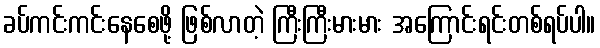
ခပ်ကင်းကင်းနေစေဖို့ ဖြစ်လာတဲ့ ကြီးကြီးမားမား အကြောင်းရင်းတစ်ရပ်ပါ။